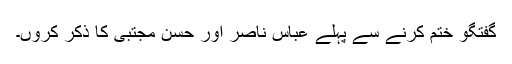
گفتگو ختم کرنے سے پہلے عباس ناصر اور حسن مجتبیٰ کا ذکر کروں۔